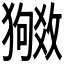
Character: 𬍉